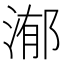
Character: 𣹙